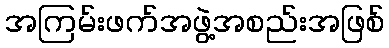
အကြမ်းဖက်အဖွဲ့အစည်းအဖြစ်